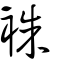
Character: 袾